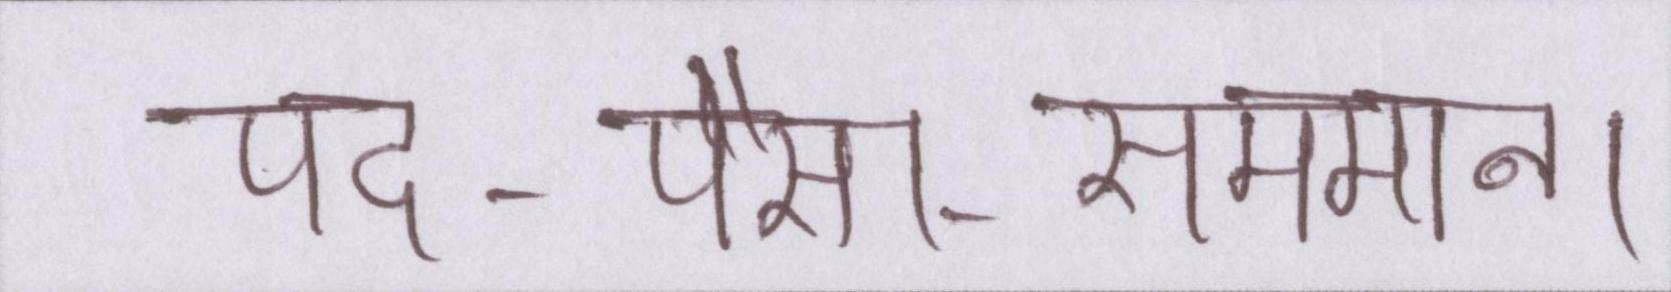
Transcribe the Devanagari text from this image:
पद-पैसा-सम्मान।